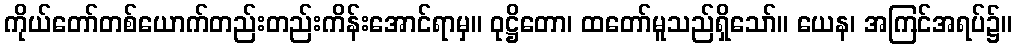
ကိုယ်တော်တစ်ယောက်တည်းတည်းကိန်းအောင်ရာမှ။ ဝုဋ္ဌိတော၊ ထတော်မူသည်ရှိသော်။ ယေန၊ အကြင်အရပ်၌။